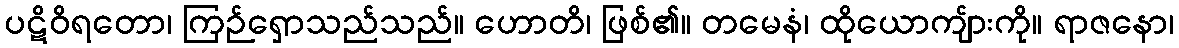
ပဋိဝိရတော၊ ကြဉ်ရှောသည်သည်။ ဟောတိ၊ ဖြစ်၏။ တမေနံ၊ ထိုယောကျ်ားကို။ ရာဇနော၊